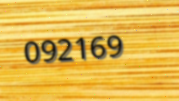
092169